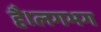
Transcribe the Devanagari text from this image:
है।लगभग